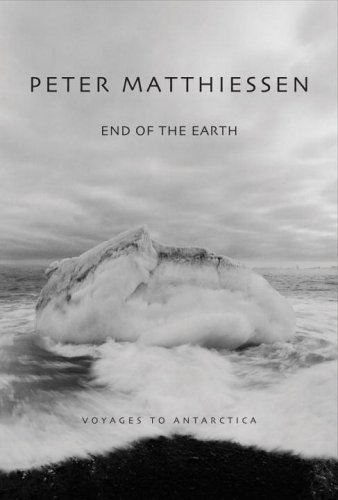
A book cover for End of the Earth: Voyaging to Antarctica; Peter Matthiessen; Travel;